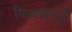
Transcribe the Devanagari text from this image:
किज़ाकेमुरी